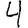
Digit: 4